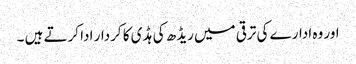
اور وہ ادارے کی ترقی میں ریڈھ کی ہڈی کا کردار ادا کرتے ہیں ۔